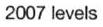
2007 levels